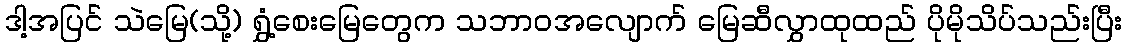
ဒါ့အပြင် သဲမြေ(သို့) ရွှံ့စေးမြေတွေက သဘာဝအလျောက် မြေဆီလွှာထုထည် ပိုမိုသိပ်သည်းပြီး